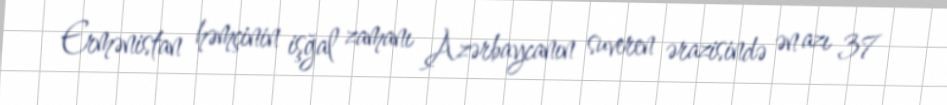
Ermənistan həmçinin işğal zamanı Azərbaycanın suveren ərazisində ən azı 37